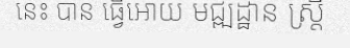
នេះ បាន ធ្វើអោយ មជ្ឍដ្ឋាន ស្ត្រី